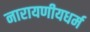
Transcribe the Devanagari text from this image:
नारायणीयधर्म